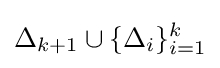
\Delta _{k+1}\cup \lbrace \Delta _{i}\rbrace _{i=1}^{k}